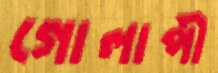
গোলাপী